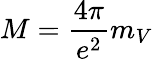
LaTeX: M={\frac{4\pi}{e^{2}}}m_{V}